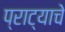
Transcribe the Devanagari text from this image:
प्राट्याचे